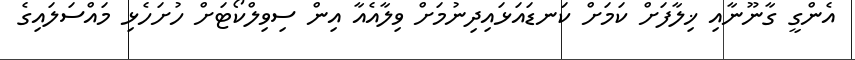
އެންގީ ގާނޫނާއި ޚިލާފަށް ކަމަށް ކަނޑައަޅައިދިނުމަށް ވިލާއެއާ އިން ސިވިލްކޯޓަށް ހުށަހެޅި މައްސަލައިގެ